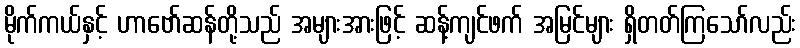
မိုက်ကယ်နှင့် ဟာဗော်ဆန်တို့သည် အများအားဖြင့် ဆန့်ကျင်ဖက် အမြင်များ ရှိတတ်ကြသော်လည်း